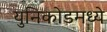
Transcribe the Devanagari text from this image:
युनिकोडमध्‍ये